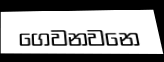
ගෙවනවනෙ